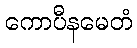
ကောပီနမေတံ